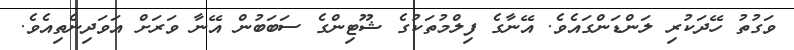
ވަގުތު ހޭދަކުރި ލަންޑަންގައެވެ. އޭނާގެ ފިލްމުތަކުގެ ޝޫޓިންގެ ސަބަބުން އޭނާ ވަރަށް އަވަދިނެތިއެވެ.